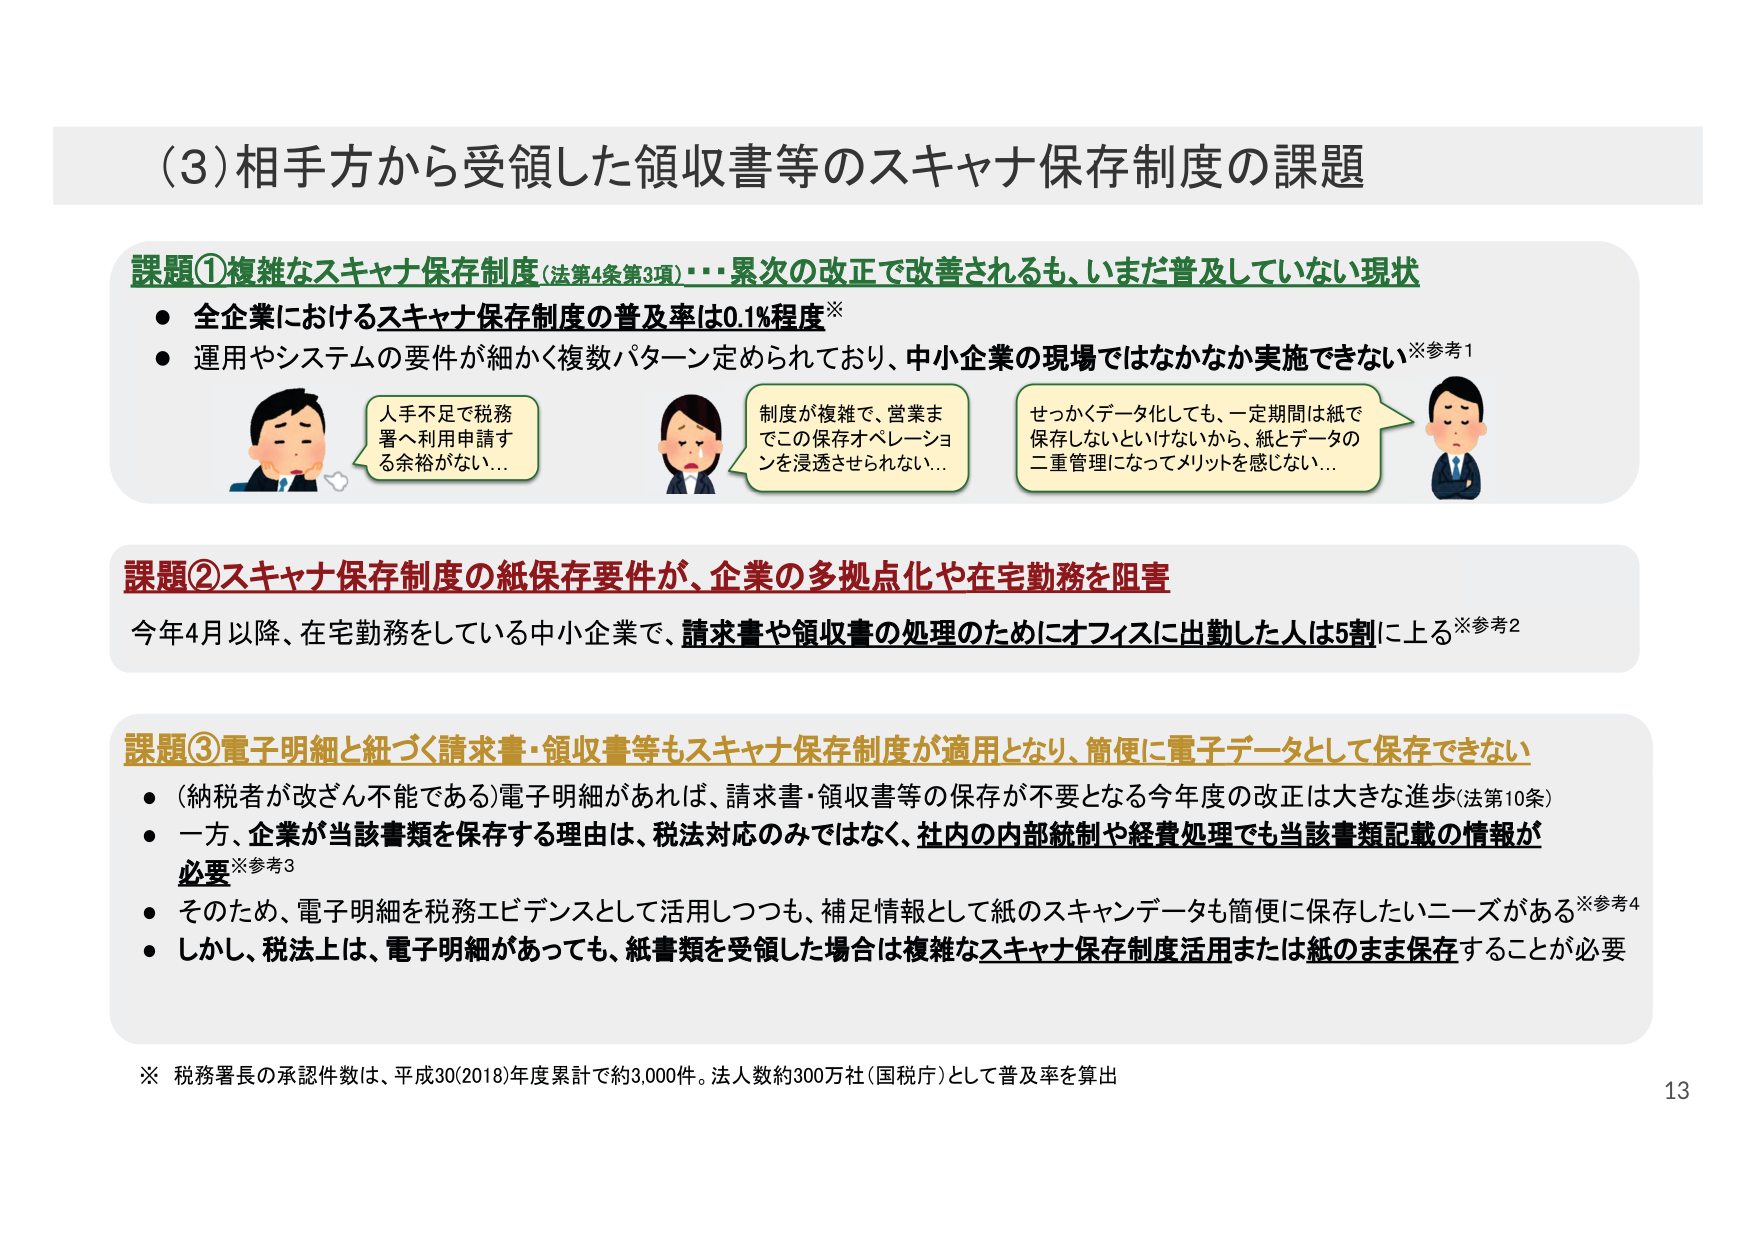
(3) 相手方から受領した領収書等のスキャナ保存制度の課題

課題①複雑なスキャナ保存制度（法第4条第3項）・・・累次の改正で改善されるも、いまだ普及していない現状
● 全企業におけるスキャナ保存制度の普及率は0.1程度※
● 運用やシステムの要件が細かく複数パターン定められており、中小企業の現場ではなかなか実施できない※参考1

人手不足で税務署へ利用申請する余裕がない…
制度が複雑で、営業までこの保存オペレーションを浸透させられない…
せっかくデータ化しても、一定期間は紙で保存しないといけないから、紙とデータの二重管理になってメリットを感じない…

課題②スキャナ保存制度の紙保存要件が、企業の多拠点化や在宅勤務を阻害
今年4月以降、在宅勤務をしている中小企業で、請求書や領収書の処理のためにオフィスに出勤した人は5割に上る※参考2

課題③電子明細と紐づく請求書・領収書等もスキャナ保存制度が適用となり、簡便に電子データとして保存できない
● （納税者が改ざん不能である）電子明細があれば、請求書・領収書等の保存が不要となる今年度の改正は大きな進歩（法第10条）
● 一方、企業が当該書類を保存する理由は、税法対応のみではなく、社内の内部統制や経費処理でも当該書類記載の情報が必要※参考3
● そのため、電子明細を税務エビデンスとして活用しつつも、補足情報として紙のスキャンデータも簡便に保存したいニーズがある※参考4
● しかし、税法上は、電子明細があっても、紙書類を受領した場合は複雑なスキャナ保存制度活用または紙のまま保存することが必要

※ 税務署長の承認件数は、平成30（2018）年度累計で約3,000件。法人数約300万社（国税庁）として普及率を算出

13